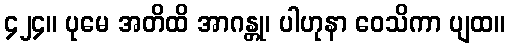
၄၂၄။ ပုမေ အတိထိ အာဂန္တု၊ ပါဟုနာ ဝေသိကာ ပျထ။